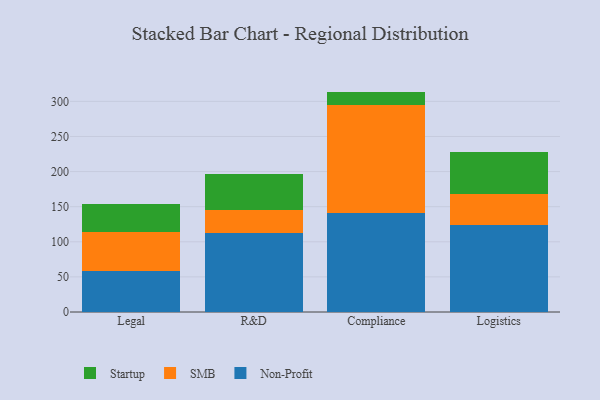
{"axis": {"x": "Department", "y": "Latency (ms)"}, "legend": ["Non-Profit", "SMB", "Startup"], "data": [{"x": "Legal", "y": 57.8, "type": "Non-Profit"}, {"x": "Legal", "y": 56.5, "type": "SMB"}, {"x": "Legal", "y": 40.0, "type": "Startup"}, {"x": "R&D", "y": 112.7, "type": "Non-Profit"}, {"x": "R&D", "y": 32.9, "type": "SMB"}, {"x": "R&D", "y": 50.4, "type": "Startup"}, {"x": "Compliance", "y": 141.4, "type": "Non-Profit"}, {"x": "Compliance", "y": 152.8, "type": "SMB"}, {"x": "Compliance", "y": 19.7, "type": "Startup"}, {"x": "Logistics", "y": 123.4, "type": "Non-Profit"}, {"x": "Logistics", "y": 44.8, "type": "SMB"}, {"x": "Logistics", "y": 59.4, "type": "Startup"}]}